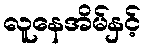
လူနေအိမ်နှင့်